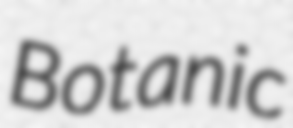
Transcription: Botanic